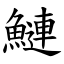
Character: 鰱